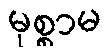
မုစ္စာမ